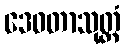
ဒေဝတာသုတ္တံ